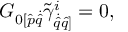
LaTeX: G _ { { 0 } [ \hat { p } { \dot { \hat { q } } } } \tilde { \gamma } _ { \dot { \hat { q } } { \hat { q } ] } } ^ { i } = 0 ,